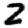
Digit: 2